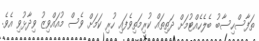
ތަފާސްހިސާބު ބެލެހެއްޓުމަށް ދަތިތައް ކުރިމަތިވެފައި ހުރި ކަމަށް ވެސް މުއައްވިޒު ވިދާޅުވި އެވެ.